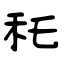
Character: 秅